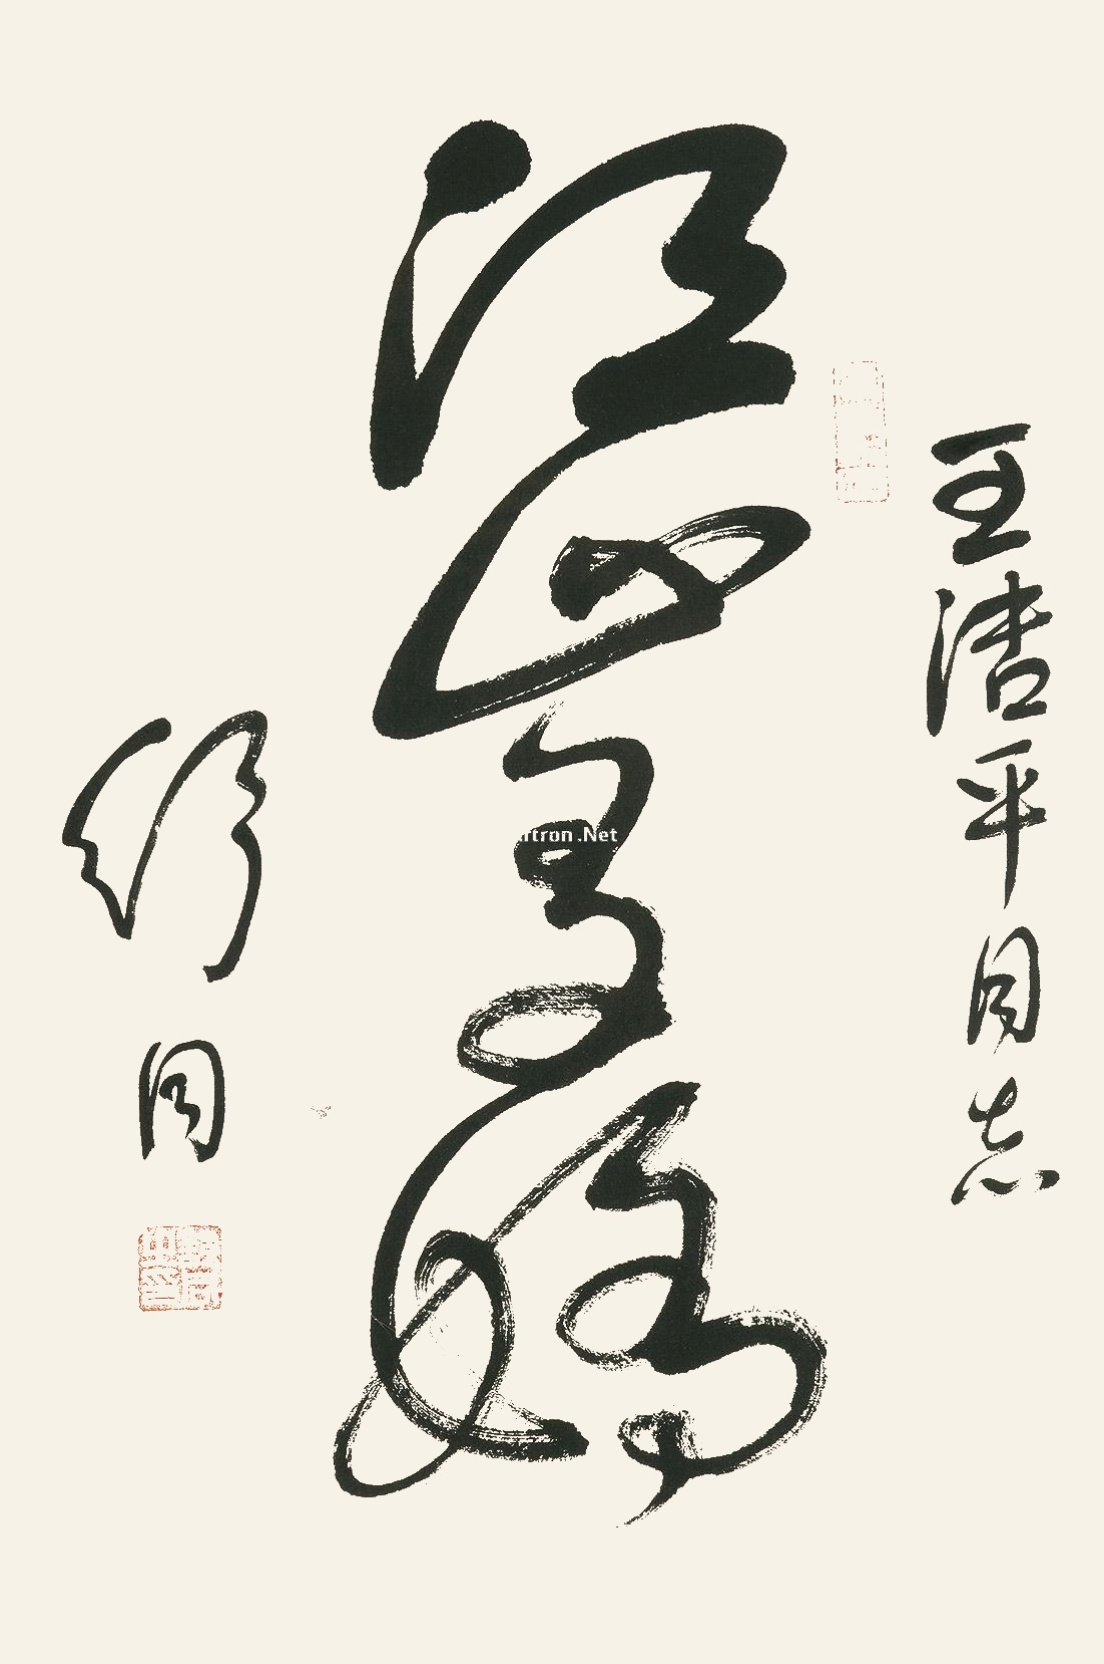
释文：江山多娇王洁平同志，舒同。